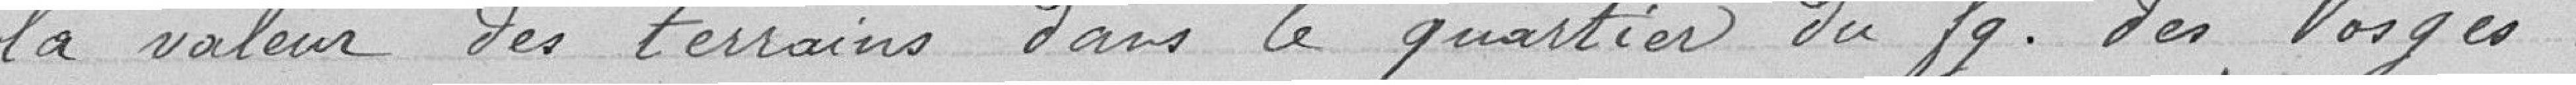
la valeur des terrains dans le quartier du faubourg des Vosges.